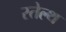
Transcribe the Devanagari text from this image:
स्तेल्थ